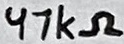
Text: 47kΩ